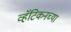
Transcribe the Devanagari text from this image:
व्हॅटिकनच्या